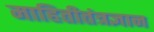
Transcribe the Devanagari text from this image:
माहितीतंत्रज्ञान